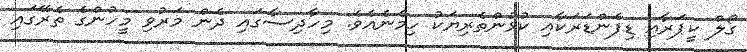
ގޯލް ކީޕަރާއި ޑިފެންޑަރަކާއި ކުޅުންތެރިޔަކު ހިމެނެއެވެ. މިހާދިސާގައި ދެން މަރުވި މީހުންގެ ތެރޭގައި